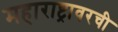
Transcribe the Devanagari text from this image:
महाराष्ट्रावरची